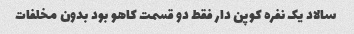
سالاد یک نفره کوپن دار فقط دو قسمت کاهو بود بدون مخلفات